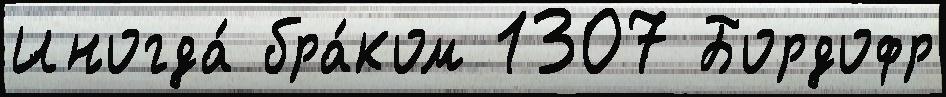
Иногда́ бра́ком 1307 Бордофр